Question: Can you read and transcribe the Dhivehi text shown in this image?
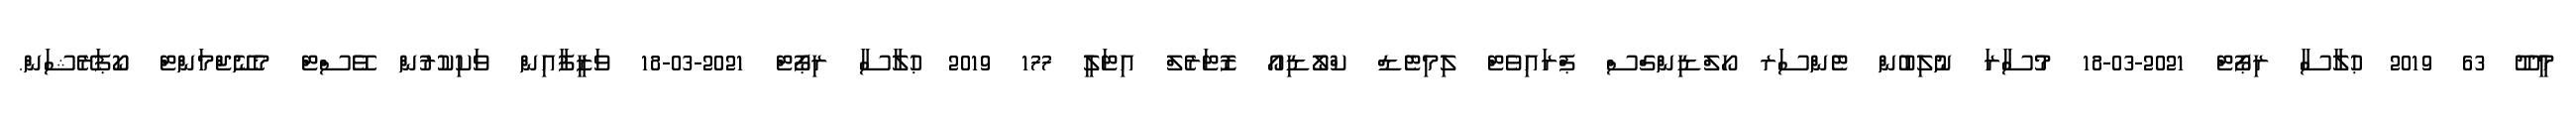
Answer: މީދޫ 63 2019 ޙުލާސާ ރިޕޯޓް 2021-03-18 މުސާރަ ނުލިބުން ޓެންސަރ ހޯލްޑިންގްސް ޕްރައިވެޓް ލިމިޓެޑް ކްލޯޑިއޯ ޒޮޓަރެލް އިޓަލީ 177 2019 ޙުލާސާ ރިޕޯޓް 2021-03-18 ވަޒީފާއިން ވަކިކުރުން ވޭސްޓް މެނޭޖްމަންޓް ކޯޕަރޭޝަން.